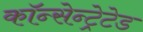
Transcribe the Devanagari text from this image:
कॉन्सेन्ट्रेटेड